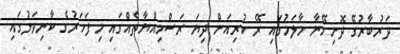
ދަރުބާރުގޭ ދޮށިމޭނާ މާލަމުގައި ރޭ ކުރިއަށް ދިޔަ ރަސްމިއްޔާތެއްގައި މި ފަހަރުގެ ކާނިވަލުގައި